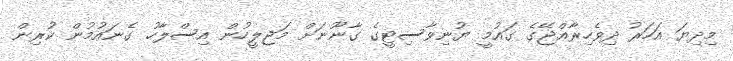
މިދިޔަ އަހަރު ދިވެހިރާޢްޖޭގެ ގައުމީ ޔުނިވާސިޓީގެ ގާނޫނަށް މަޖިލީހުން އިސްލާހު ގެނައުމުން ކުރިން